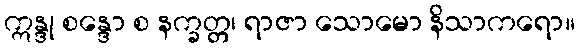
ဣန္ဒု စန္ဒော စ နက္ခတ္တ၊ ရာဇာ သောမော နိသာကရော။